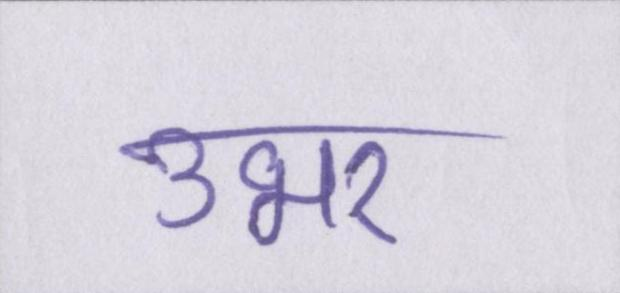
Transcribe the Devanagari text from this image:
उभर